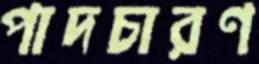
পাদচারণ